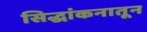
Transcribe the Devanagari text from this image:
सिद्धांकनातून